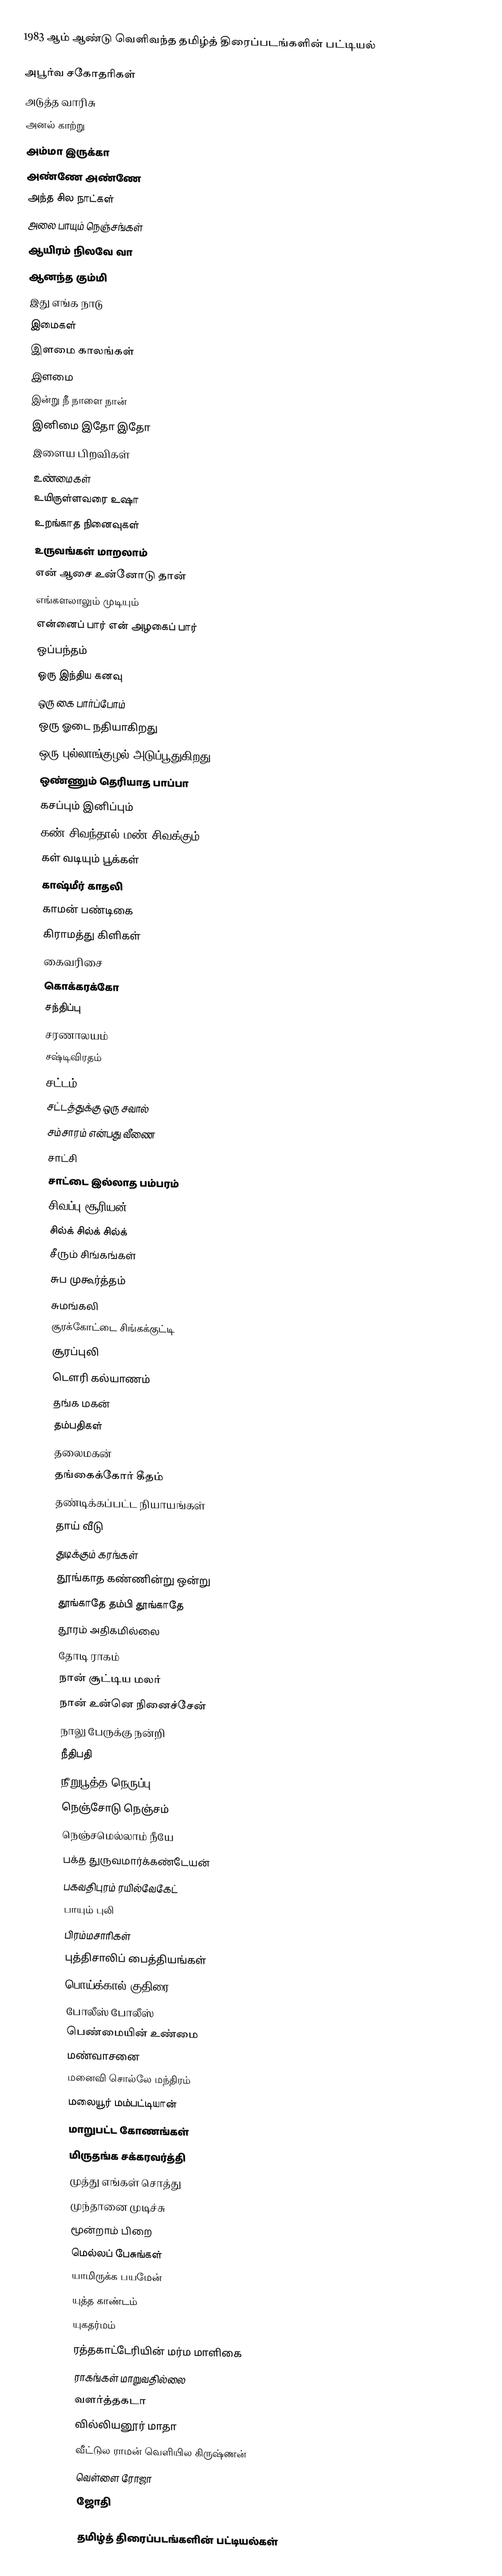
1983 ஆம் ஆண்டு வெளிவந்த தமிழ்த் திரைப்படங்களின் பட்டியல்

அபூர்வ சகோதரிகள்
அடுத்த வாரிசு
அனல் காற்று
 அம்மா இருக்கா
அண்ணே அண்ணே
அந்த சில நாட்கள்
அலை பாயும் நெஞ்சங்கள்
ஆயிரம் நிலவே வா
ஆனந்த கும்மி
இது எங்க நாடு
இமைகள்
இளமை காலங்கள்
 இளமை
இன்று நீ நாளை நான்
இனிமை இதோ இதோ
இளைய பிறவிகள்
உண்மைகள்
உயிருள்ளவரை உஷா
உறங்காத நினைவுகள்
உருவங்கள் மாறலாம்
என் ஆசை உன்னோடு தான்
எங்களலாலும் முடியும்
என்னைப் பார் என் அழகைப் பார்
ஒப்பந்தம்
ஒரு இந்திய கனவு
ஒரு கை பார்ப்போம்
ஒரு ஓடை நதியாகிறது
ஒரு புல்லாங்குழல் அடுப்பூதுகிறது
ஒண்ணும் தெரியாத பாப்பா
கசப்பும் இனிப்பும்
கண் சிவந்தால் மண் சிவக்கும்
கள் வடியும் பூக்கள்
காஷ்மீர் காதலி
காமன் பண்டிகை
கிராமத்து கிளிகள்
கைவரிசை
கொக்கரக்கோ
சந்திப்பு
சரணாலயம்
சஷ்டிவிரதம்
சட்டம்
சட்டத்துக்கு ஒரு சவால்
சம்சாரம் என்பது வீணை
சாட்சி
சாட்டை இல்லாத பம்பரம்
சிவப்பு சூரியன்
சில்க் சில்க் சில்க்
சீரும் சிங்கங்கள்
சுப முகூர்த்தம்
சுமங்கலி
சூரக்கோட்டை சிங்கக்குட்டி
சூரப்புலி
டௌரி கல்யாணம்
தங்க மகன்
தம்பதிகள்
தலைமகன்
தங்கைக்கோர் கீதம்
தண்டிக்கப்பட்ட நியாயங்கள்
தாய் வீடு
துடிக்கும் கரங்கள்
தூங்காத கண்ணின்று ஒன்று
தூங்காதே தம்பி தூங்காதே
தூரம் அதிகமில்லை
தோடி ராகம்
நான் சூட்டிய மலர்
நான் உன்னெ நினைச்சேன்
நாலு பேருக்கு நன்றி
நீதிபதி
நீறுபூத்த நெருப்பு
நெஞ்சோடு நெஞ்சம்
நெஞ்சமெல்லாம் நீயே
பக்த துருவமார்க்கண்டேயன்
பகவதிபுரம் ரயில்வேகேட்
பாயும் புலி
பிரம்மசாரிகள்
புத்திசாலிப் பைத்தியங்கள்
பொய்க்கால் குதிரை
போலீஸ் போலீஸ்
பெண்மையின் உண்மை
மண்வாசனை
மனைவி சொல்லே மந்திரம்
மலையூர் மம்பட்டியான்
மாறுபட்ட கோணங்கள்
மிருதங்க சக்கரவர்த்தி
முத்து எங்கள் சொத்து
முந்தானை முடிச்சு
மூன்றாம் பிறை
மெல்லப் பேசுங்கள்
யாமிருக்க பயமேன்
யுத்த காண்டம்
யுகதர்மம்
ரத்தகாட்டேரியின் மர்ம மாளிகை
ராகங்கள் மாறுவதில்லை
வளர்த்தகடா
வில்லியனூர் மாதா
வீட்டுல ராமன் வெளியில கிருஷ்ணன்
வெள்ளை ரோஜா
ஜோதி

தமிழ்த் திரைப்படங்களின் பட்டியல்கள்